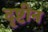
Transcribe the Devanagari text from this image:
दृष्टीन